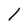
Character: l